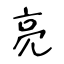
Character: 亮